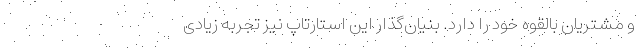
و مشتریان بالقوه خود را دارد. بنیان‌گذار این استارتاپ نیز تجربه زیادی